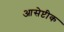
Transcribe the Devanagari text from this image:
आसेप्टीक